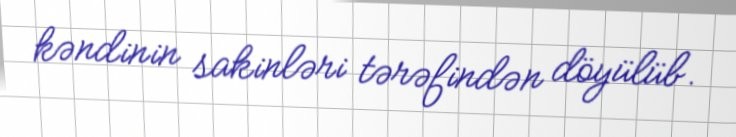
kəndinin sakinləri tərəfindən döyülüb.